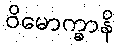
ဝိမောက္ခာနိ